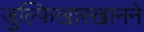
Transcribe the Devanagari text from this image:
जुल्फिखारखानने